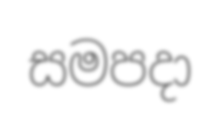
සමපදා